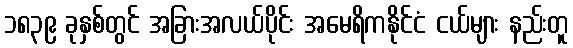
၁၈၃၉ ခုနှစ်တွင် အခြားအလယ်ပိုင်း အမေရိကနိုင်ငံ ငယ်များ နည်းတူ